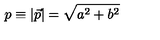
p \equiv | \vec { p } | = \sqrt { a ^ { 2 } + b ^ { 2 } }